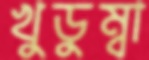
খুডুম্বা